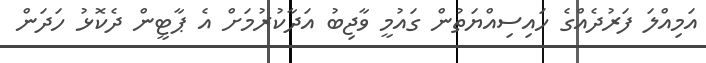
އަމިއްލަ ފަރުދެއްގެ ހައިސިއްޔަތުން ގައުމީ ވާޖިބު އަދާކުރުމަށް އެ ޕާޓީން ދެކޮޅު ހަދަން